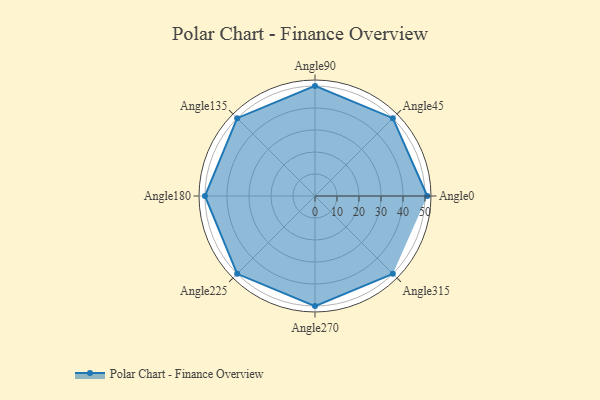
{"axis": {"x": "Angle", "y": "Radius"}, "legend": [""], "data": [{"x": "Angle0", "y": 51.0, "type": ""}, {"x": "Angle45", "y": 50, "type": ""}, {"x": "Angle90", "y": 50, "type": ""}, {"x": "Angle135", "y": 50, "type": ""}, {"x": "Angle180", "y": 50, "type": ""}, {"x": "Angle225", "y": 50, "type": ""}, {"x": "Angle270", "y": 50, "type": ""}, {"x": "Angle315", "y": 50, "type": ""}]}